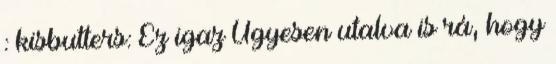
: kisbutters: Ez igaz Ügyesen utalva is rá, hogy